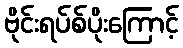
ဗိုင်းရပ်စ်ပိုးကြောင့်